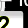
Digit: 2